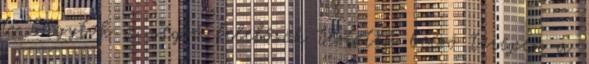
ti vagytok a végső felelősök testetek belső terepén a